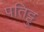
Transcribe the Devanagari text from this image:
पतिट्टु